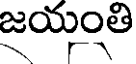
జయంతి